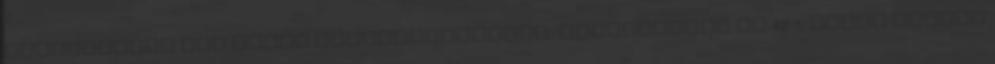
Frauenliebe und leben Asszonyszerelem, asszonysors Op.42 1. Mióta láttam